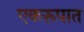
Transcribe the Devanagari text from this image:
एकरूपात